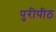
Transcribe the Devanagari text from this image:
पुरीपीठ